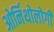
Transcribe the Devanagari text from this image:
ओर्निथोलोगी